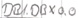
Text: DB1.DBX0.0